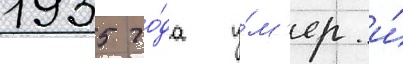
1935 го́да у́м'ер и́